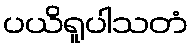
ပယိရူပါသတံ